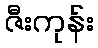
ဇီးကုန်း